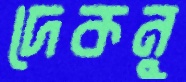
দেকনু